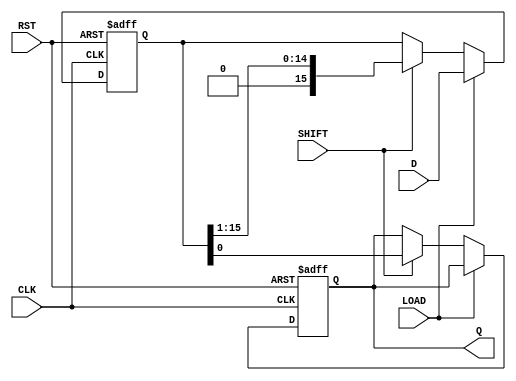
module PISO_16bit (
    input wire [15:0] D,     // 16-bit parallel data input
    input wire LOAD,         // Load control signal
    input wire SHIFT,        // Shift control signal
    input wire CLK,          // Clock signal
    input wire RST,          // Asynchronous reset signal
    output reg Q             // Serial output
);

    reg [15:0] shift_reg;     // 16-bit shift register

    always @(posedge CLK or posedge RST) begin
        if (RST) begin
            // Reset the shift register and output
            shift_reg <= 16'b0;
            Q <= 1'b0;
        end else begin
            if (LOAD) begin
                // Load data into the shift register
                shift_reg <= D;
            end else if (SHIFT) begin
                // Shift data out serially
                Q <= shift_reg[0]; // Output the LSB
                shift_reg <= {1'b0, shift_reg[15:1]}; // Shift left
            end
        end
    end

endmodule